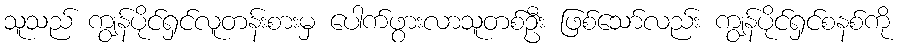
သူသည် ကျွန်ပိုင်ရှင်လူတန်းစားမှ ပေါက်ဖွားလာသူတစ်ဦး ဖြစ်သော်လည်း ကျွန်ပိုင်ရှင်စနစ်ကို